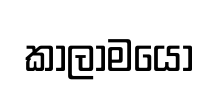
කාලාමයෝ